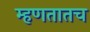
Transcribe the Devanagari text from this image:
म्हणतातच